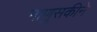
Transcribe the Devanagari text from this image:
माणुसकीने